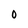
Character: 0